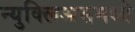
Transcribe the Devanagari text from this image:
न्युक्लिअसमध्ये